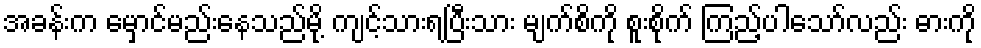
အခန်းက မှောင်မည်းနေသည်မို့ ကျင့်သားရပြီးသား မျက်စိကို စူးစိုက် ကြည့်ပါသော်လည်း ဓားကို